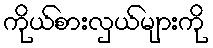
ကိုယ်စားလှယ်များကို